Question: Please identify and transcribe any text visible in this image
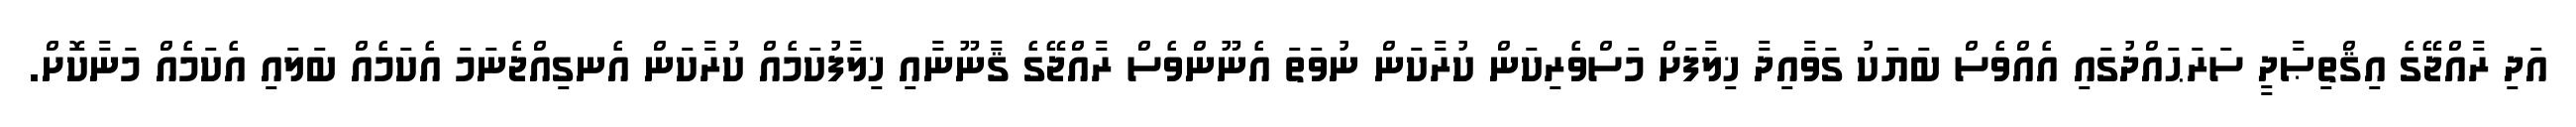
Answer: އަދި ރާއްޖޭގެ އިޤްތިޞާދީ ސަރަޙައްދުގައި އެއްވެސް ބަޔަކު ގަވާއިދާ ޚިލާފަށް މަސްވެރިކަން ކުރާކަން ނުވަތަ އެނޫންވެސް ރާއްޖޭގެ ޤާނޫނާއި ޚިލާފުކަމެއް ކުރާކަން އެނގިއްޖެނަމަ އެކަމެއް ބަލައި އެކަމެއް މަނާކޮށް.